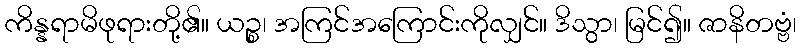
ကိန္နရာမိဖုရားတို့၏။ ယဉ္စ၊ အကြင်အကြောင်းကိုလျှင်။ ဒိသွာ၊ မြင်၍။ ဇာနိတဗ္ဗံ၊